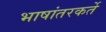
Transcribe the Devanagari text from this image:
भाषांतरकर्ते